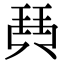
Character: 𤦡